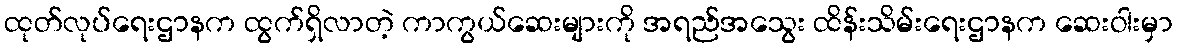
ထုတ်လုပ်ရေးဌာနက ထွက်ရှိလာတဲ့ ကာကွယ်ဆေးများကို အရည်အသွေး ထိန်းသိမ်းရေးဌာနက ဆေးဝါးမှာ